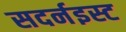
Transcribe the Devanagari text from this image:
सदर्नइस्ट